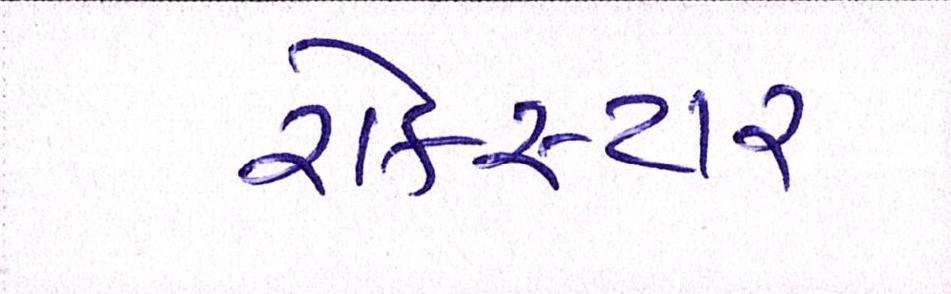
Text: રોકસ્ટાર